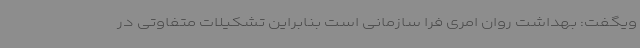
ویگفت: بهداشت روان امری فرا سازمانی است بنابراین تشکیلات متفاوتی در